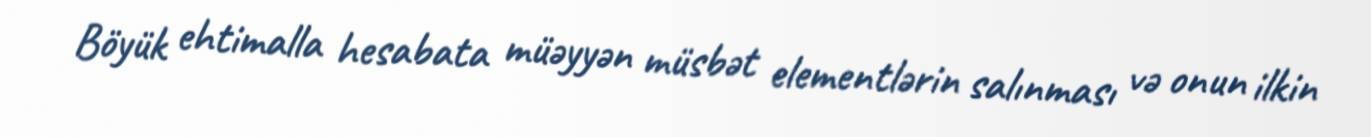
Böyük ehtimalla hesabata müəyyən müsbət elementlərin salınması və onun ilkin